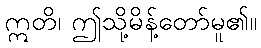
ဣတိ၊ ဤသို့မိန့်တော်မူ၏။